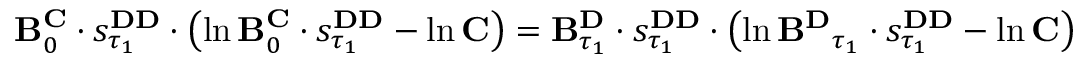
\begin{array} { r } { \mathbf { B } _ { 0 } ^ { \mathbf { C } } \cdot s _ { \tau _ { 1 } } ^ { \mathbf { D D } } \cdot \left( \ln \mathbf { B } _ { 0 } ^ { \mathbf { C } } \cdot s _ { \tau _ { 1 } } ^ { \mathbf { D D } } - \ln \mathbf { C } \right) = \mathbf { B } _ { \tau _ { 1 } } ^ { \mathbf { D } } \cdot s _ { \tau _ { 1 } } ^ { \mathbf { D D } } \cdot \left( \ln \mathbf { B ^ { \mathbf { D } } } _ { \tau _ { 1 } } \cdot s _ { \tau _ { 1 } } ^ { \mathbf { D D } } - \ln \mathbf { C } \right) } \end{array}